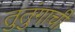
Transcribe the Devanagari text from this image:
तुतुंगाची